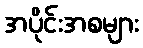
အပိုင်းအစများ